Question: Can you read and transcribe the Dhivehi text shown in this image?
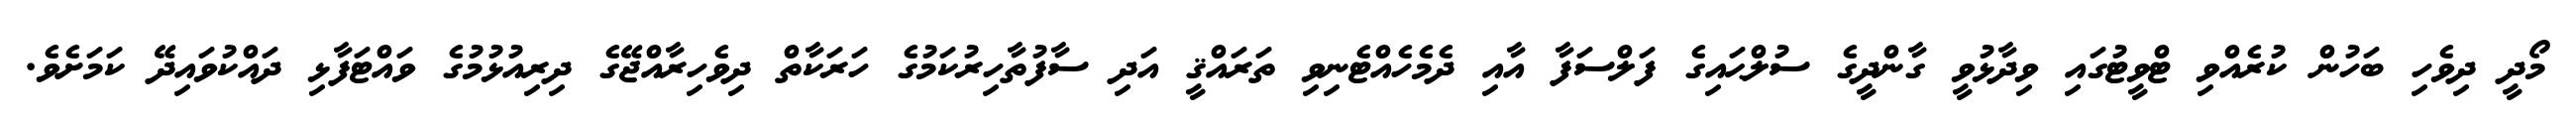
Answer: މޯދީ ދިވެހި ބަހުން ކުރެއްވި ޓްވީޓުގައި ވިދާޅުވީ ގާންދީގެ ސުލްޙައިގެ ފަލްސަފާ އާއި ދެމެހެއްޓެނިވި ތަރައްޤީ އަދި ސާފުތާހިރުކަމުގެ ހަރަކާތް ދިވެހިރާއްޖޭގެ ދިރިއުޅުމުގެ ވައްޓަފާޅި ދައްކުވައިދޭ ކަމަށެވެ.